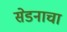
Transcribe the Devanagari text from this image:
सेडनाचा